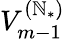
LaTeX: V_{m-1}^{({\mathbb{N}_{*}})}